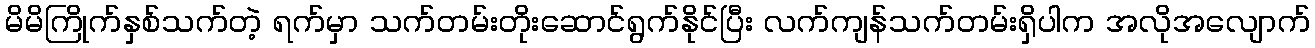
မိမိကြိုက်နှစ်သက်တဲ့ ရက်မှာ သက်တမ်းတိုးဆောင်ရွက်နိုင်ပြီး လက်ကျန်သက်တမ်းရှိပါက အလိုအလျောက်